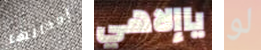
إدخالها ياإلاهي لو